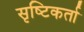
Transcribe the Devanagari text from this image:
सृष्‍टिकर्ता